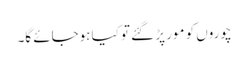
چوروں کو مور پڑ گئے تو کیا ہوجائے گا۔